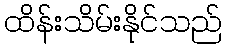
ထိန်းသိမ်းနိုင်သည်